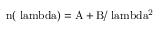
\mathrm { n ( \ l a m b d a ) = A + B / \ l a m b d a ^ { 2 } }